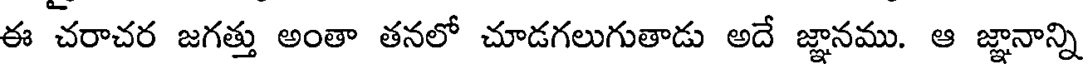
ఈ చరాచర జగత్తు అంతా తనలో చూడగలుగుతాడు అదే జ్ఞానము. ఆ జ్ఞానాన్ని